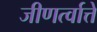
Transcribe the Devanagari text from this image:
जीणर्त्वात्ते